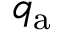
q _ { \mathrm { a } }